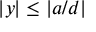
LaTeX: | y | \leq | a / d |